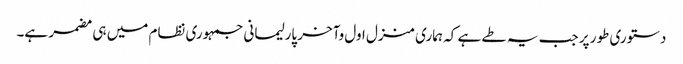
دستوری طور پر جب یہ طے ہے کہ ہماری منزل اول وآخر پارلیمانی جمہوری نظام میں ہی مضمر ہے۔